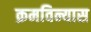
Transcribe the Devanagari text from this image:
क्रमविन्यास